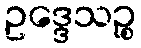
ဥဒ္ဒေသဉ္စ